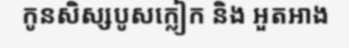
កូនសិស្សបូសក្លៀក និង អួតអាង